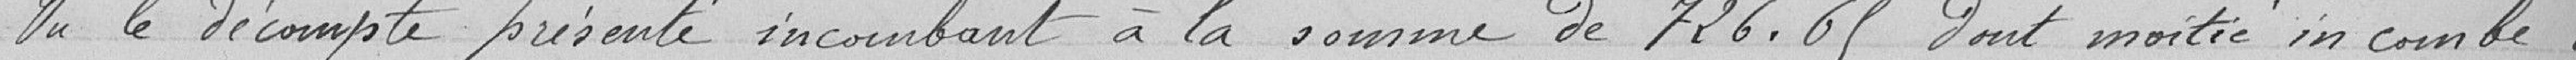
Vu le décompte présenté incombant à la somme de 726,65 francs dont la moitié incombe à